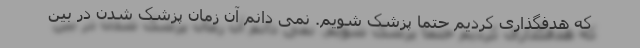
که هدفگذاری کردیم حتماً پزشک شویم. نمی دانم آن زمان پزشک شدن در بین